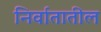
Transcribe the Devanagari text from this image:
निर्वातातील